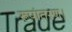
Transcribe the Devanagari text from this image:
रूपांतरण।